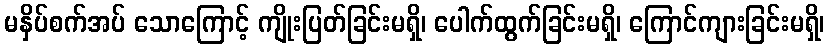
မနှိပ်စက်အပ် သောကြောင့် ကျိုးပြတ်ခြင်းမရှိ၊ ပေါက်ထွက်ခြင်းမရှိ၊ ကြောင်ကျားခြင်းမရှိ၊